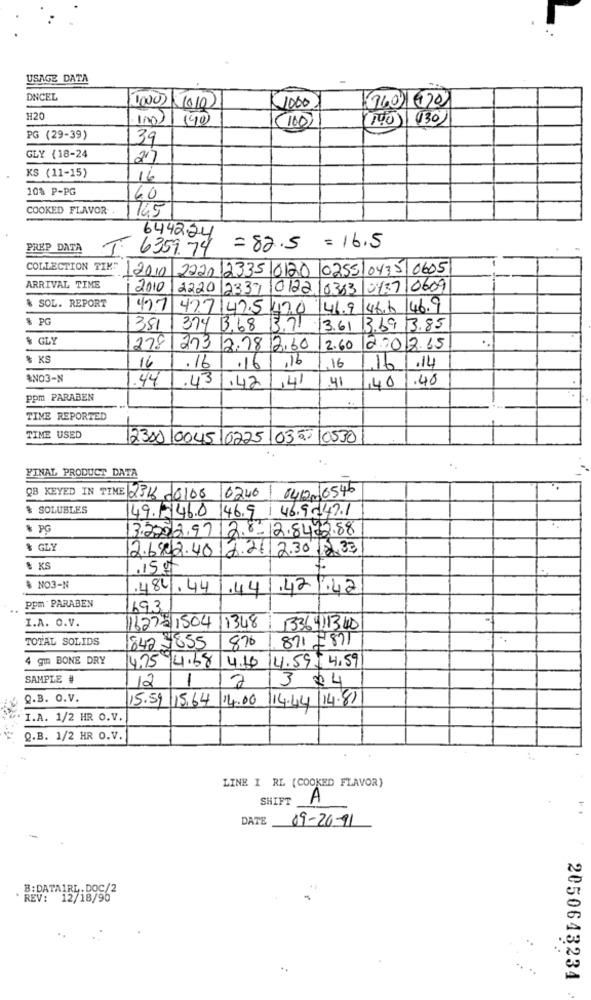
USAGE DATA
DNCEL
10000 1010
(7401420
1000
H20
In0)
140
(100
(100) | 130
PG (29-39)
39
GLY (18-24
27
KS (11-15)
16
10% P-PG
60
COOKED FLAVOR
1145
644224
PREP DATA
T. 6359.74
= 82.5 = 16.5
COLLECTION TIM: 2010 222012335 0120 0255/ 0435 0605
ARRIVAL TIME
i2010
2220 2337 0122/0383 0437 0609
& SOL. REPORT
49.7 477142.5 42.0 46.9 466 46.9
& PG
381
374 13,68
13.71
13.61 3.69 3.85
& GLY
278 213 2.78 12.60
2.60
2.08.15
% KS
16
.161.16
.14
.16
.16
116
BN03-N
.44
.43
142
1,41
41
140
.48
ppm PARABEN
TIME REPORTED
TIME USED
12300/004510225 035/0530
FINAL PRODUCT DATA
0400 6546
QB KEYED IN TIME 2316 20108
0246
$ SOLUBLES
49.1746.0 1.46.9 /46.95.47.1
* PG
13.2002.97 2.8-12.8472.88
& GLY
2.6802.40. 12.26/ 2.30 12,33
& KS
.15g
& NO3-N
.484.44
.441.421.42
ppm . PARABEN
69.3
I.A. O.V.
162751504 11348
1336411340
TOTAL SOLIDS
871 7871
842 1855
876
4 gm BONE DRY
4.75 14.68 4.16 14.59| 4.59
SAMPLE #
12
1
2
3 24
Q.B. O.V.
15.59 15.64 14.00
14.44 14.87
I.A. 1/2 HR O.V.
Q.B. 1/2 HR O.V.
LINE I RL (COOKED FLAVOR)
SHIFT
DATE
09-20-11
B: DATA1RL. DOC/2
REV: 12/18/96
..
2050643234